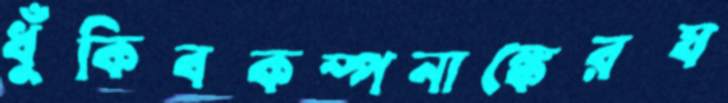
ধুঁকিবকম্পনাঙ্কেরয